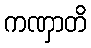
ကဏှာတိ